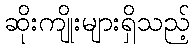
ဆိုးကျိုးများရှိသည့်